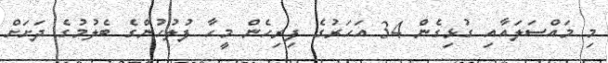
މި މައްސަލައާއި ގުޅިގެން 34 އަހަރުގެ ފިރިހެން މީހާ ފުލުހުންގެ ބެލުމުގެ ދަށަށް